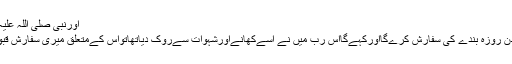
اورنبی صلی اللہ علیہ وسلم کاارشاد ہے :
( بیشک قیامت کےدن روزہ بندے کی سفارش کرےگااورکہےگااس رب میں نے اسےکھانےاورشہوات سےروک دیاتھاتواس کےمتعلق میری سفارش قبول فرما ) مسنداحمد۔